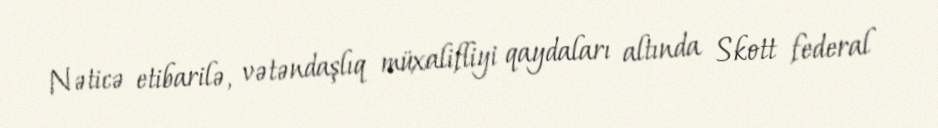
Nəticə etibarilə, vətəndaşlıq müxalifliyi qaydaları altında Skott federal